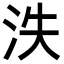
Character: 泆